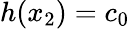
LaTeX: h(x_{2})=c_{0}